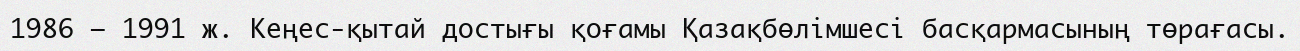
1986 — 1991 ж. Кеңес-қытай достығы қоғамы Қазақбөлімшесі басқармасының төрағасы.